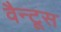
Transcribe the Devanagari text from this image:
वैन्टूस